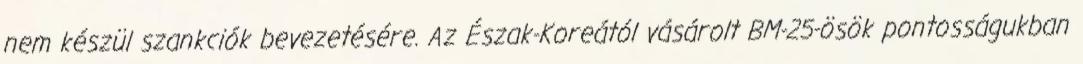
nem készül szankciók bevezetésére. Az Észak-Koreától vásárolt BM-25-ösök pontosságukban